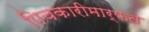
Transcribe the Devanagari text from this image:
पिचकारीमार्फत